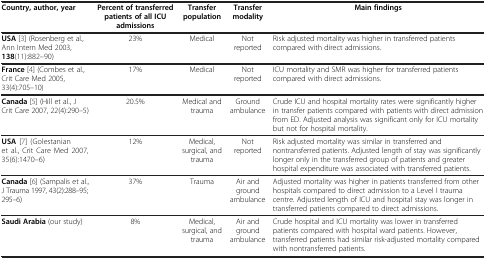
<table><thead><tr><td><b>Country, author, year</b></td><td><b>Percent of transferred patients of all ICU admissions</b></td><td><b>Transfer population</b></td><td><b>Transfer modality</b></td><td><b>Main findings</b></td></tr></thead><tbody><tr><td><b>USA</b>[3] (Rosenberg et al., Ann Intern Med 2003, <b>138</b>(11):882–90)</td><td>23%</td><td>Medical</td><td>Not reported</td><td>Risk adjusted mortality was higher in transferred patients compared with direct admissions.</td></tr><tr><td><b>France</b>[4] (Combes et al., Crit Care Med 2005, 33(4):705–10)</td><td>17%</td><td>Medical</td><td>Not reported</td><td>ICU mortality and SMR was higher for transferred patients compared with direct admissions.</td></tr><tr><td><b>Canada</b>[5] (Hill et al., J Crit Care 2007, 22(4):290–5)</td><td>20.5%</td><td>Medical and trauma</td><td>Ground ambulance</td><td>Crude ICU and hospital mortality rates were significantly higher in transfer patients compared with patients with direct admission from ED. Adjusted analysis was significant only for ICU mortality but not for hospital mortality.</td></tr><tr><td><b>USA</b>[7] (Golestanian et al., Crit Care Med 2007, 35(6):1470–6)</td><td>12%</td><td>Medical, surgical, and trauma</td><td>Not reported</td><td>Risk adjusted mortality was similar in transferred and nontransferred patients. Adjusted length of stay was significantly longer only in the transferred group of patients and greater hospital expenditure was associated with transferred patients.</td></tr><tr><td><b>Canada</b>[6] (Sampalis et al., J Trauma 1997, 43(2):288–95; 295–6)</td><td>37%</td><td>Trauma</td><td>Air and ground ambulance</td><td>Adjusted mortality was higher in patients transferred from other hospitals compared to direct admission to a Level I trauma centre. Adjusted length of ICU and hospital stay was longer in transferred patients compared to direct admissions.</td></tr><tr><td><b>Saudi Arabia</b> (our study)</td><td>8%</td><td>Medical, surgical, and trauma</td><td>Air and ground ambulance</td><td>Crude hospital and ICU mortality was lower in transferred patients compared with hospital ward patients. However, transferred patients had similar risk-adjusted mortality compared with nontransferred patients.</td></tr></tbody></table>